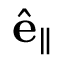
\hat { \mathbf { e } } _ { \parallel }